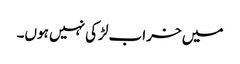
میں خراب لڑکی نہیں ہوں۔